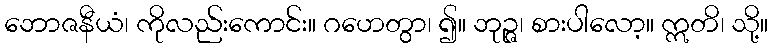
ဘောဇနီယံ၊ ကိုလည်းကောင်း။ ဂဟေတွာ၊ ၍။ ဘုဉ္ဇ၊ စားပါလော့။ ဣတိ၊ သို့။